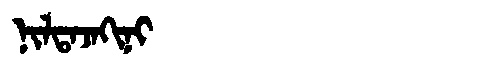
Manchu: ᠨᡳᠯᡨᠠᠵᠠᡴᡳᠨᡳ
Romanization: NILTAJAKINI